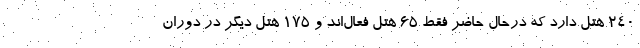
۲۴۰ هتل دارد که درحال حاضر فقط ۶۵ هتل فعال‌اند و ۱۷۵ هتل دیگر در دوران